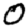
Digit: 0